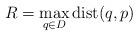
LaTeX: \begin{align*}R=\max_{q\in D} {\rm dist}(q,p)\end{align*}